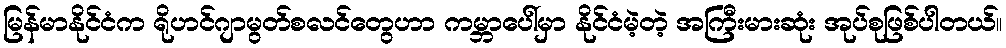
မြန်မာနိုင်ငံက ရိုဟင်ဂျာမွတ်စလင်တွေဟာ ကမ္ဘာပေါ်မှာ နိုင်ငံမဲ့တဲ့ အကြီးမားဆုံး အုပ်စုဖြစ်ပါတယ်။